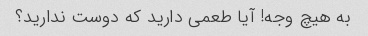
به هیچ وجه! آیا طعمی دارید که دوست ندارید؟